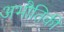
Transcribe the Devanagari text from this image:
अभौतिकी